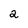
Character: 2